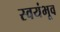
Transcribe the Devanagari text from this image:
स्वयंभूव